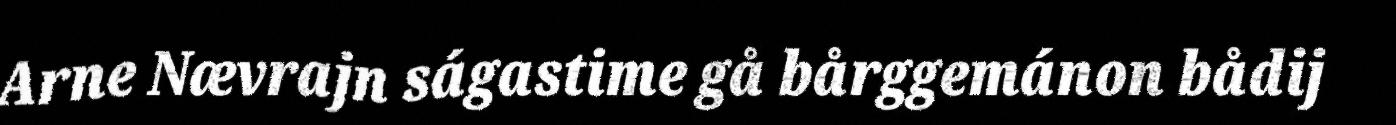
Arne Nævrajn ságastime gå bårggemánon bådij